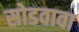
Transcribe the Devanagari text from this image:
सोडवावा